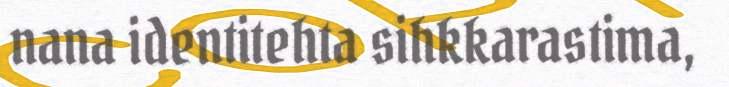
nana identitehta sihkkarastima,